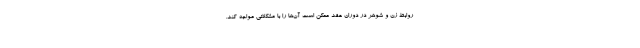
روابط زن و شوهر در دوران عقد ممکن است آن‌ها را با مشکلاتی مواجه کند.